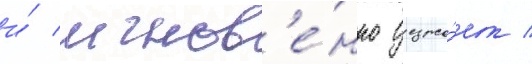
и́ мгнов'е́нно уезжа́ет /